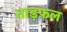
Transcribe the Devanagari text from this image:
ताड़फल